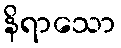
နိရာသော